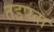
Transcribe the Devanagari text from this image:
तडपता